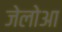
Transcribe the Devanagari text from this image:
जेलोआ